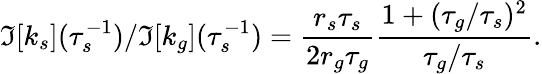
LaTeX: \Im[k_{s}](\tau_{s}^{-1})/\Im[k_{g}](\tau_{s}^{-1})=\frac{r_{s}\tau_{s}}{2r_{g}\tau_{g}}\frac{1+(\tau_{g}/\tau_{s})^{2}}{\tau_{g}/\tau_{s}}.